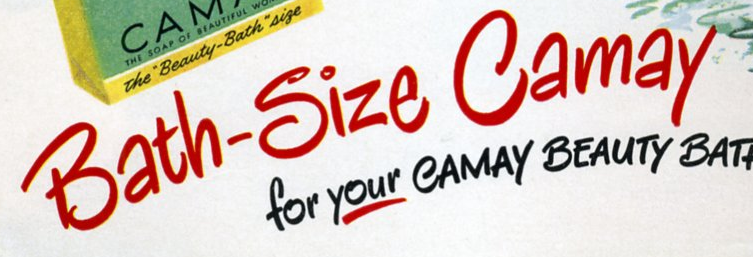
Bath-Size Camay